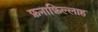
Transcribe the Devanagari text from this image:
फ़नाफ़िल्लाह